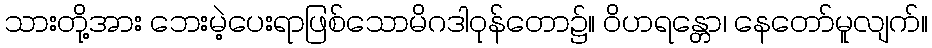
သားတို့အား ဘေးမဲ့ပေးရာဖြစ်သောမိဂဒါဝုန်တော၌။ ဝိဟရန္တော၊ နေတော်မူလျက်။